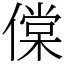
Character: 㒉